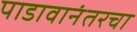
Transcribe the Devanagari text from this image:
पाडावानंतरचा